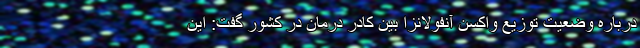
درباره وضعیت توزیع واکسن آنفولانزا بین کادر درمان در کشور گفت: این